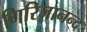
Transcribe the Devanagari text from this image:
गिरिजानन्द